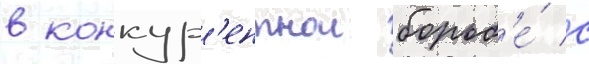
в конкур'ентнои борьб'е́ с